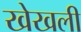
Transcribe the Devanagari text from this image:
खेखली